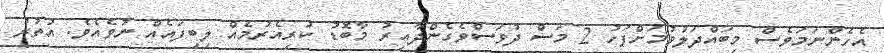
އެހެންނަމަވެސް މިބައްދަލުވުމަށްފަހު 2 މަސް ދުވަސްވެގެންދާއިރު މާބޮޑު ކުރިއެރުމެއް ލިބިފައެއް ނުވެއެވެ. އުތުރު